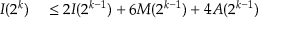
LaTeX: \begin{array} { r l } { I ( 2 ^ { k } ) } & { { } \leq 2 I ( 2 ^ { k - 1 } ) + 6 M ( 2 ^ { k - 1 } ) + 4 A ( 2 ^ { k - 1 } ) } \end{array}